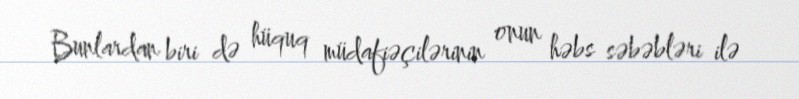
Bunlardan biri də hüquq müdafiəçilərinin onun həbs səbəbləri ilə